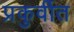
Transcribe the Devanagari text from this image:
प्रकुर्वीत